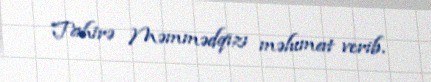
Tahirə Məmmədqızı məlumat verib.